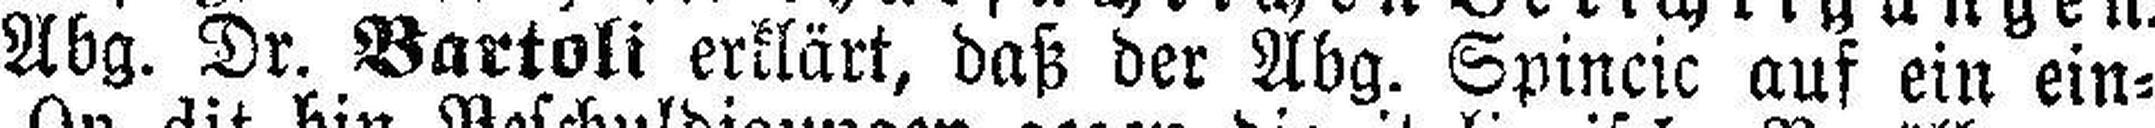
Abg. Dr. Bartoli erklärt, daß der Abg. Spincic auf ein ein¬